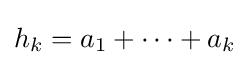
h_{k}=a_{1}+\cdots +a_{k}